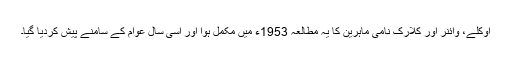
اوکلے، وائنر اور کلارک نامی ماہرین کا یہ مطالعہ 1953ء میں مکمل ہوا اور اسی سال عوام کے سامنے پیش کردیا گیا۔